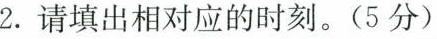
2.请填出相对应的时刻。(5分)